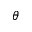
\boldsymbol { \theta }